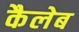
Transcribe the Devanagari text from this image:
कैलेब